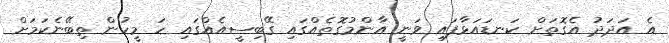
އެ އަދަދު އެގޮތަށް ކަނޑައަޅާފައި ވަނީ އާންމުގޮތެއްގައި ގޭބިސީއެއްގައި ހަ މީހުން ތިބޭނެކަމަށް